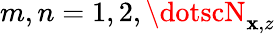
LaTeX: m,n=1,2,\dotscN_{\mathbf{x},z}